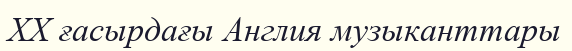
XX ғасырдағы Англия музыканттары